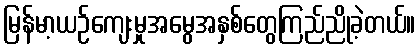
မြန်မာ့ယဉ်ကျေးမှုအမွေအနှစ်တွေကြည်ညိုခဲ့တယ်။